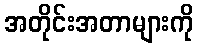
အတိုင်းအတာများကို